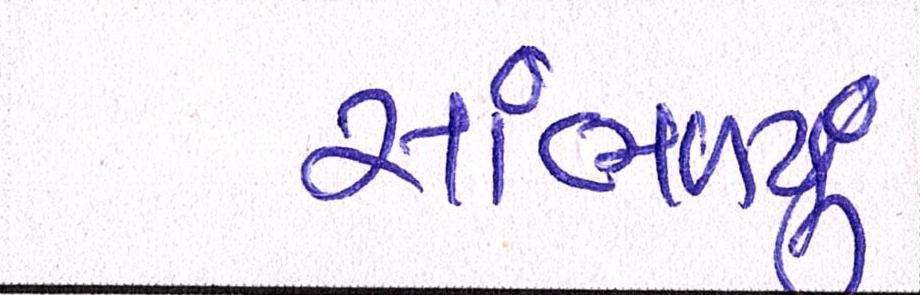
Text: સાંભળવું